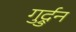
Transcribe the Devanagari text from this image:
गुर्द्रुन